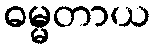
ဓမ္မတာယ